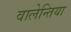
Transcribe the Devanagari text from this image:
वालेन्तिया